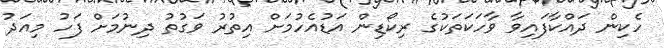
ހެކިން ދައްކާފައިވާ ވާހަކަތަކުގެ ރިކޯޑިން އަޑުއެހުމަށް އިތުރު ވަގުތު ދިނުމަށް ފަހު މިއަދު